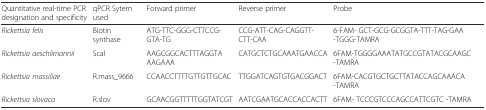
<table><thead><tr><td><b>Quantitative real-time PCR designation and specificity</b></td><td><b>qPCR Sytem used</b></td><td><b>Forward primer</b></td><td><b>Reverse primer</b></td><td><b>Probe</b></td></tr></thead><tbody><tr><td><i>Rickettsia felis</i></td><td>Biotin synthase</td><td>ATG-TTC-GGG-CTTCCG-GTA-TG</td><td>CCG-ATT-CAG-CAGGTT-CTT-CAA</td><td>6-FAM- GCT-GCG-GCGGTA-TTT-TAG-GAA -TGGG-TAMRA</td></tr><tr><td><i>Rickettsia aeschlimannii</i></td><td>Scal</td><td>AAGCGGCACTTTAGGTAAAGAAA</td><td>CATGCTCTGCAAATGAACCA</td><td>6FAM-TGGGGAAATATGCCGTATACGCAAGC -TAMRA</td></tr><tr><td><i>Rickettsia massiliae</i></td><td>R.mass_9666</td><td>CCAACCTTTTGTTGTTGCAC</td><td>TTGGATCAGTGTGACGGACT</td><td>6FAM-CACGTGCTGCTTATACCAGCAAACA -TAMRA</td></tr><tr><td><i>Rickettsia slovaca</i></td><td>R.slov</td><td>GCAACGGTTTTTGGTATCGT</td><td>AATCGAATGCACCACCACTT</td><td>6FAM- TCCCGTCCCAGCCATTCGTC -TAMRA</td></tr></tbody></table>